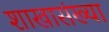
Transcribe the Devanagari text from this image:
शाखासंख्या